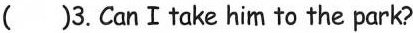
()3.CanⅠtake him to the park?